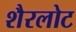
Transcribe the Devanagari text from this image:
शैरलोट